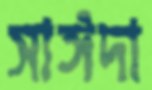
সাঈদা